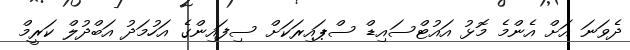
ދެވަނަ އަށް އެންމެ މޮޅު އައުޓްސައިޑް ސްޕައިރަކަށް ސިފައިންގެ އަހުމަދު އަބްދުލް ކަރީމް